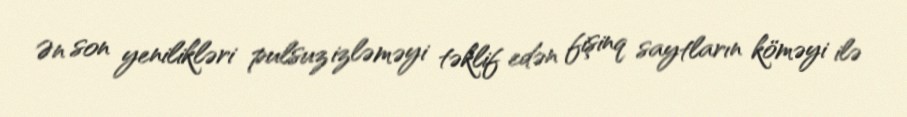
Ən son yenilikləri pulsuz izləməyi təklif edən fişinq saytların köməyi ilə